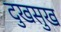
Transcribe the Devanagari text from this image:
दुखसुख